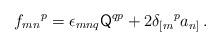
LaTeX: \begin{align*}f_{mn}{}^{p}= \epsilon_{mnq} \mathsf{Q}^{qp} +2\delta_{[m}{}^{p}a_{n]}\, .\end{align*}